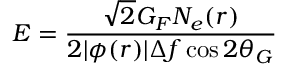
E = \frac { \sqrt { 2 } G _ { F } N _ { e } ( r ) } { 2 | \phi ( r ) | \Delta f \cos 2 \theta _ { G } }